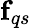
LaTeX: \textbf{f}_{qs}